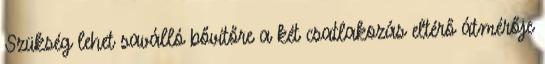
Szükség lehet saválló bővítőre a két csatlakozás eltérő átmérője